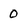
Character: 0